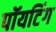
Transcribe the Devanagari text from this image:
पॉयटिंग